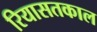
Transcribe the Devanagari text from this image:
रियासतकाल